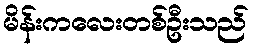
မိန်းကလေးတစ်ဦးသည်